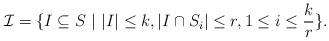
LaTeX: \begin{align*}\mathcal{I} = \{ I \subseteq S \ | \ |I| \leq k, |I \cap S_i| \leq r, 1 \leq i \leq \frac{k}{r}\}.\end{align*}